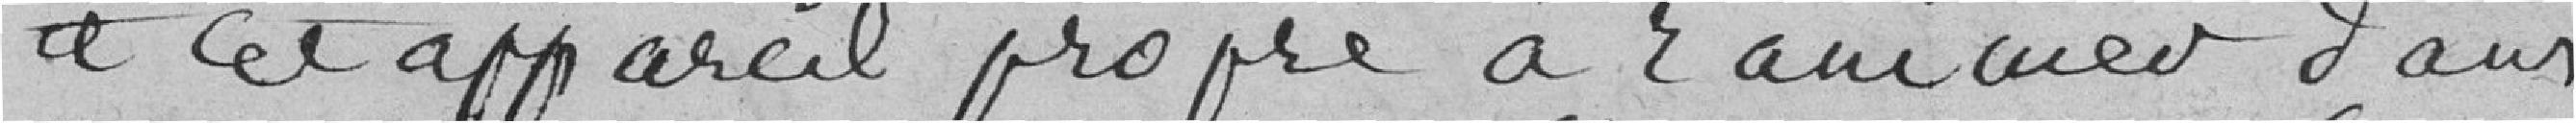
à cet appareil propre à ranimer dans